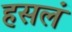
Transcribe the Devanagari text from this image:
हसलं